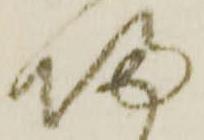
帰